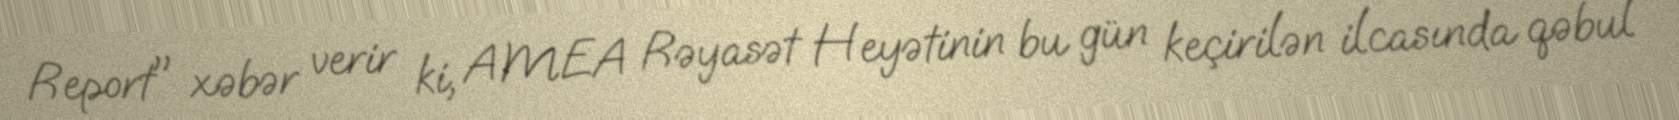
Report" xəbər verir ki, AMEA Rəyasət Heyətinin bu gün keçirilən ilcasında qəbul